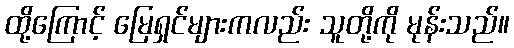
ထို့ကြောင့် မြေရှင်များကလည်း သူတို့ကို မုန်းသည်။